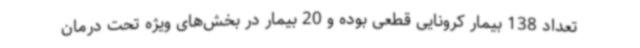
تعداد 138 بیمار کرونایی قطعی بوده و 20 بیمار در بخش‌های ویژه تحت درمان